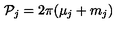
{ \cal P } _ { j } = 2 \pi ( \mu _ { j } + m _ { j } )